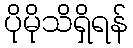
ပိုမိုသိရှိရန်